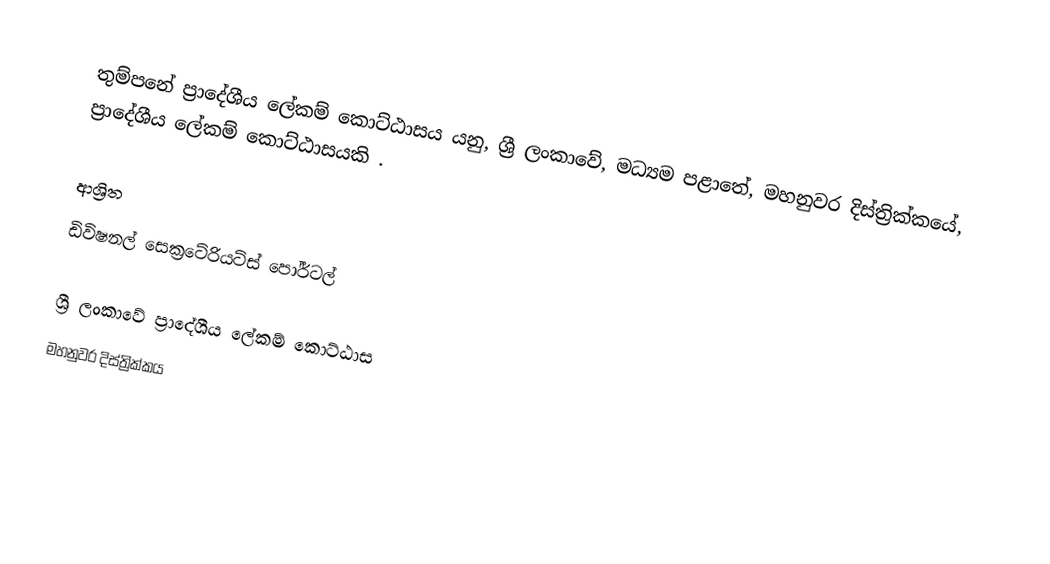
තුම්පනේ ප්‍රාදේශීය ලේකම් කොට්ඨාසය යනු,  ශ්‍රී ලංකාවේ, මධ්‍යම පළාතේ,   මහනුවර දිස්ත්‍රික්කයේ, ප්‍රාදේශීය ලේකම් කොට්ඨාසයකි .

ආශ්‍රිත
 ඩිවිෂනල් සෙක්‍රටේරියට්ස් පෝර්ටල්

ශ්‍රී ලංකාවේ ප්‍රාදේශීය ලේකම් කොට්ඨාස
මහනුවර දිස්ත්‍රික්කය